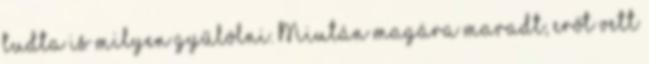
tudta is milyen gyűlölni. Miután magára maradt, erőt vett